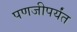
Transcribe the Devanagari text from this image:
पणजीपर्यंत